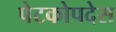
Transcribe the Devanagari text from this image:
पेटकोपदेस